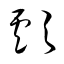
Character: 顱